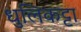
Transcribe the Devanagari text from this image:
धुलिकट्टा